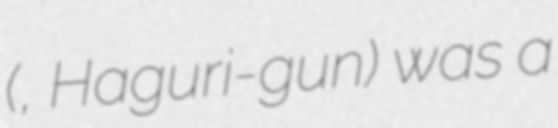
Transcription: (葉栗郡, Haguri-gun) was a